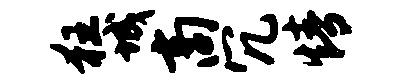
狂城商冗情